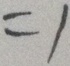
= 1